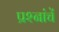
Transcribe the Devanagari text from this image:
प्रश्नांचें